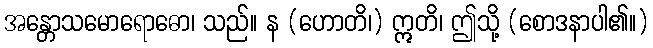
အန္တောသမောရောဓော၊ သည်။ န (ဟောတိ၊) ဣတိ၊ ဤသို့ (စောဒနာပါ၏။)